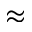
\approx